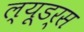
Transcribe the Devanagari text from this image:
ल्यूडर्स